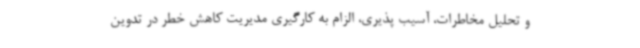
و تحلیل مخاطرات، آسیب پذیری، الزام به کارگیری مدیریت کاهش خطر در تدوین